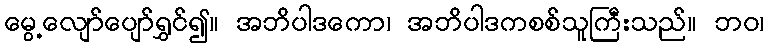
မွေ့လျော်ပျော်ရွှင်၍။ အဘိပါဒကော၊ အဘိပါဒကစစ်သူကြီးသည်။ ဘဝ၊